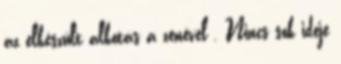
az elkészült alkotás a zenével . Nincs sok ideje